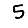
Digit: 5